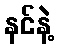
နင်နဲ့